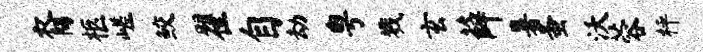
裔柩嵯鲛翟自劫粤戮玄薛暑蚤沃蓉枰